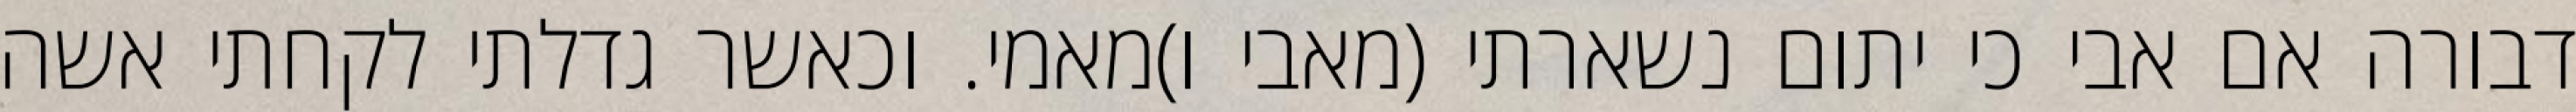
דבורה אם אבי כי יתום נשארתי (מאבי ו)מאמי. וכאשר גדלתי לקחתי אשה